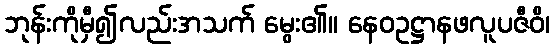
ဘုန်းကိုမှီ၍လည်းအသက် မွေး၏။ နေဝဥဋ္ဌာနဖလူပဇီဝိ၊